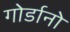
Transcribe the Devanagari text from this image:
गोर्डानो